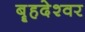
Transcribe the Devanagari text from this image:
बॄहदेश्वर